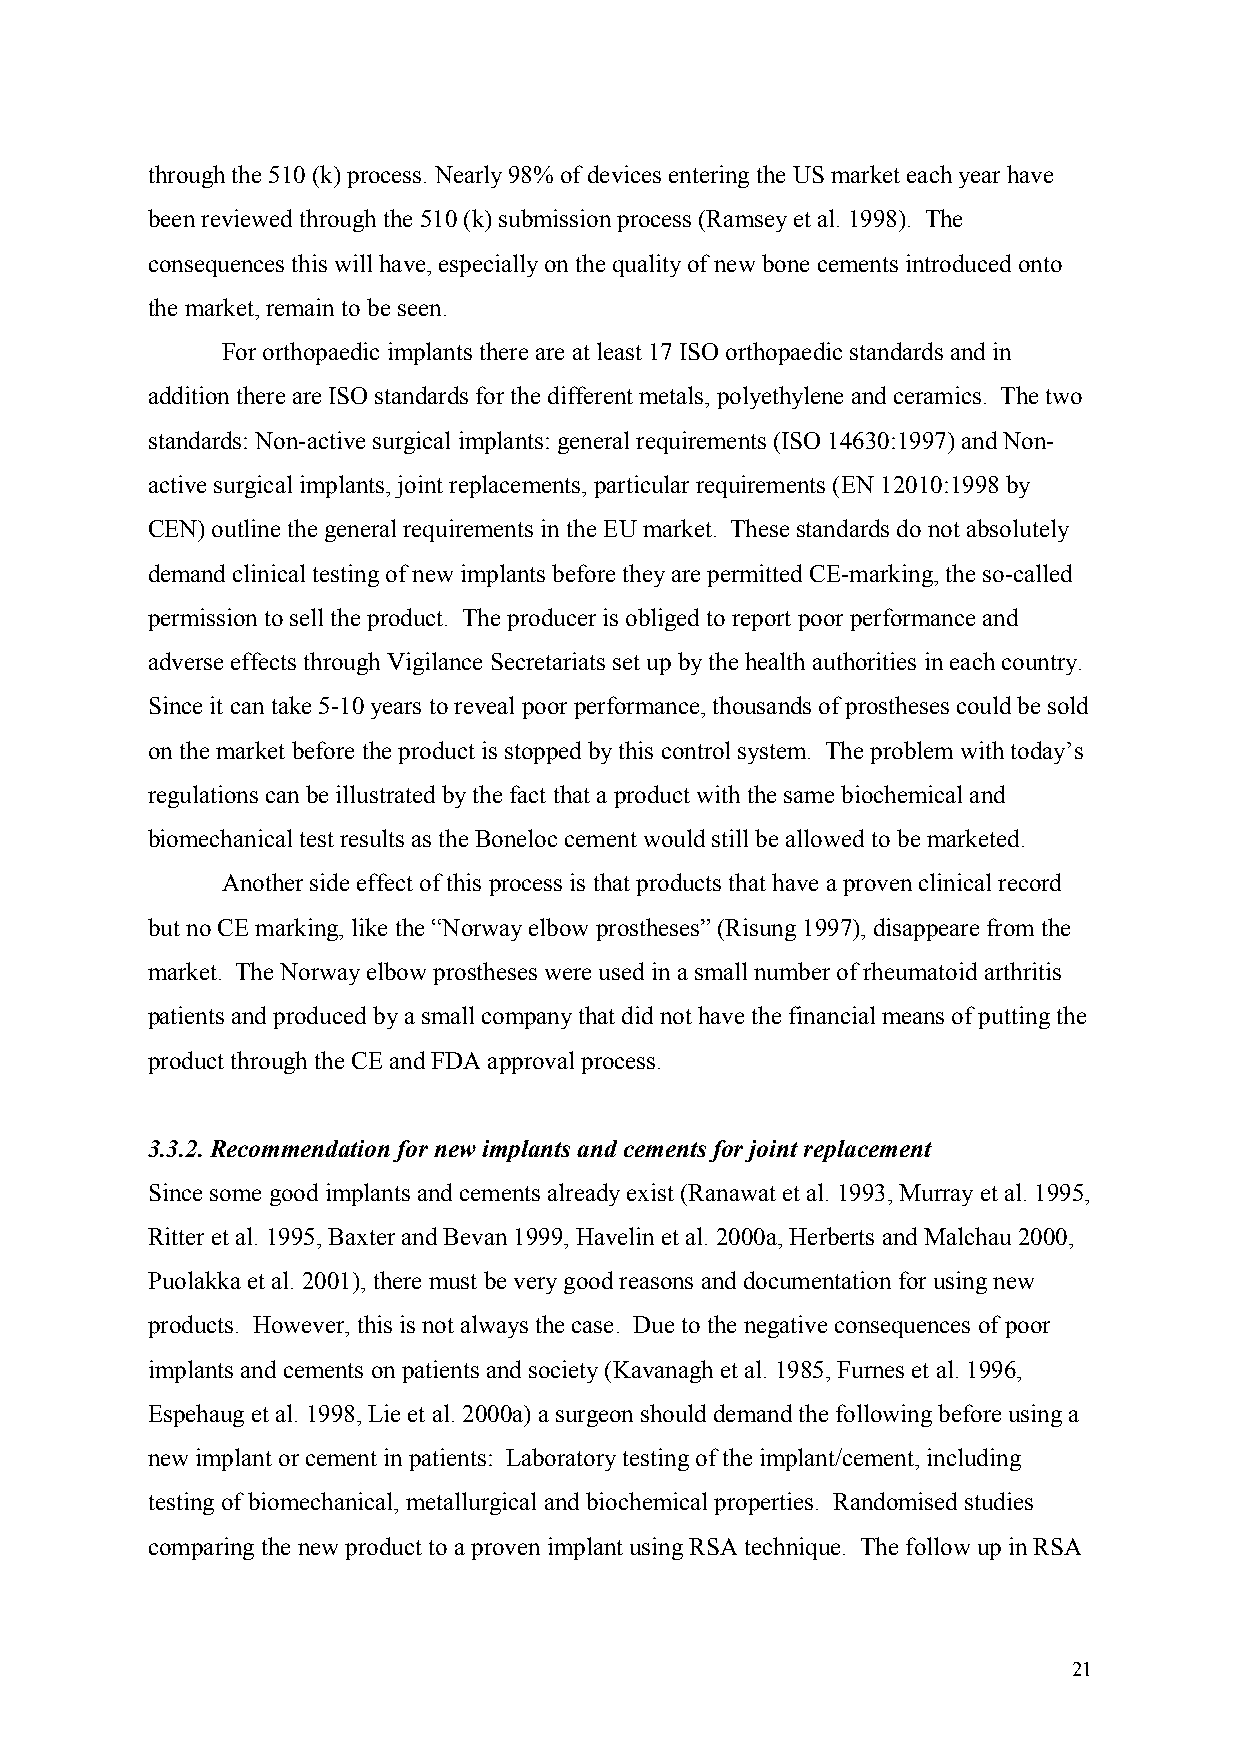
through the 510 (k) process. Nearly 98% of devices entering the US market each year have
 been reviewed through the 510 (k) submission process (Ramsey et al. 1998). The
 consequences this will have, especially on the quality of new bone cements introduced onto
 the market, remain to be seen.
 For orthopaedic implants there are at least 17 ISO orthopaedic standards and in
 addition there are ISO standards for the different metals, polyethylene and ceramics. The two
 standards: Non-active surgical implants: general requirements (ISO 14630:1997) and Non-
 active surgical implants, joint replacements, particular requirements (EN 12010:1998 by
 CEN) outline the general requirements in the EU market. These standards do not absolutely
 demand clinical testing of new implants before they are permitted CE-marking, the so-called
 permission to sell the product. The producer is obliged to report poor performance and
 adverse effects through Vigilance Secretariats set up by the health authorities in each country.
 Since it can take 5-10 years to reveal poor performance, thousands of prostheses could be sold
 on the market before the product is stopped by this control system. The problem with today’s
 regulations can be illustrated by the fact that a product with the same biochemical and
 biomechanical test results as the Boneloc cement would still be allowed to be marketed.
 Another side effect of this process is that products that have a proven clinical record
 but no CE marking, like the “Norway elbow prostheses” (Risung 1997), disappeare from the
 market. The Norway elbow prostheses were used in a small number of rheumatoid arthritis
 patients and produced by a small company that did not have the financial means of putting the
 product through the CE and FDA approval process.
 3.3.2. Recommendation for new implants and cements for joint replacement
 Since some good implants and cements already exist (Ranawat et al. 1993, Murray et al. 1995,
 Ritter et al. 1995, Baxter and Bevan 1999, Havelin et al. 2000a, Herberts and Malchau 2000,
 Puolakka et al. 2001), there must be very good reasons and documentation for using new
 products. However, this is not always the case. Due to the negative consequences of poor
 implants and cements on patients and society (Kavanagh et al. 1985, Furnes et al. 1996,
 Espehaug et al. 1998, Lie et al. 2000a) a surgeon should demand the following before using a
 new implant or cement in patients: Laboratory testing of the implant/cement, including
 testing of biomechanical, metallurgical and biochemical properties. Randomised studies
 comparing the new product to a proven implant using RSA technique. The follow up in RSA
 21